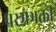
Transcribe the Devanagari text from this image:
परमभक्ती